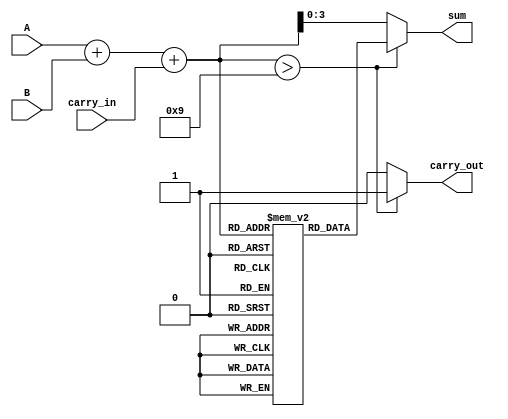
module BCD_LUT_Adder (
    input  wire [3:0] A,          // BCD digit A
    input  wire [3:0] B,          // BCD digit B
    input  wire carry_in,          // Carry input
    output reg  [3:0] sum,         // BCD result
    output reg  carry_out          // Carry output
);

    // Intermediate signals
    wire [4:0] binary_sum;         // 5-bit binary sum
    reg  [3:0] lut [0:18];         // Look-Up Table for BCD correction

    // Initialize the LUT
    initial begin
        lut[0]  = 4'b0000; // 0
        lut[1]  = 4'b0001; // 1
        lut[2]  = 4'b0010; // 2
        lut[3]  = 4'b0011; // 3
        lut[4]  = 4'b0100; // 4
        lut[5]  = 4'b0101; // 5
        lut[6]  = 4'b0110; // 6
        lut[7]  = 4'b0111; // 7
        lut[8]  = 4'b1000; // 8
        lut[9]  = 4'b1001; // 9
        lut[10] = 4'b0000; // 10 -> 0 + carry
        lut[11] = 4'b0001; // 11 -> 1 + carry
        lut[12] = 4'b0010; // 12 -> 2 + carry
        lut[13] = 4'b0011; // 13 -> 3 + carry
        lut[14] = 4'b0100; // 14 -> 4 + carry
        lut[15] = 4'b0101; // 15 -> 5 + carry
        lut[16] = 4'b0110; // 16 -> 6 + carry
        lut[17] = 4'b0111; // 17 -> 7 + carry
        lut[18] = 4'b1000; // 18 -> 8 + carry
    end

    // Binary addition of A, B, and carry_in
    assign binary_sum = A + B + carry_in;

    // BCD correction using LUT
    always @(*) begin
        if (binary_sum > 9) begin
            sum = lut[binary_sum]; // Use LUT for correction
            carry_out = 1'b1;       // Set carry_out
        end else begin
            sum = binary_sum[3:0]; // Valid BCD, no correction needed
            carry_out = 1'b0;       // No carry_out
        end
    end

endmodule